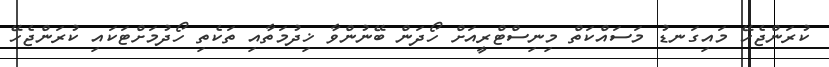
ކުރަންޖެހޭ މައިގަނޑު މަސައްކަތް މިނިސްޓްރީއަށް ހޯދަން ބޭނުންވާ ޚިދުމަތާއި ތަކެތި ހޯދުމަށްޓަކައި ކުރަންޖެހޭ